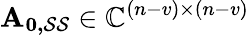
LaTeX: \mathbf{A_{0,\mathcal{S}\mathcal{S}}}\in\mathbb{C}^{(n-v)\times(n-v)}